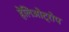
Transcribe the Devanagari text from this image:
हेलिओट्रोप